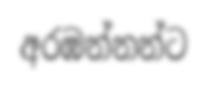
අරඹන්නන්ට